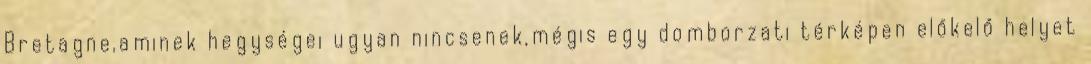
Bretagne,aminek hegységei ugyan nincsenek,mégis egy domborzati térképen előkelő helyet